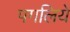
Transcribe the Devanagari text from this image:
पगलिये